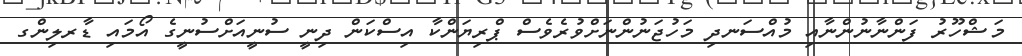
މަޝްހޫރު ފަންނާނުންނާއި މުއްސަނދި މަހުޖަނުންނަށްވުރެވެސް ޕްރިޔަންކާ އިސްކަން ދިނީ ސުނީއަށްސުނީގެ އޯމައި ޑާރލިންގ